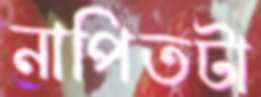
নাপিতটা